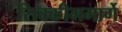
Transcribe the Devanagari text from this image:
सिक्कीममार्गे